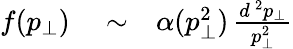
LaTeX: \begin{array}{rlr}{f(p_{\perp})}&{{}\sim}&{\alpha(p_{\perp}^{2})\, {\frac{d^{\, 2}p_{\perp}}{p_{\perp}^{2}}}}\end{array}